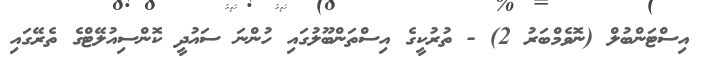
އިސްޓަންބުލް (ނޮވެމްބަރު 2) - ތުރުކީގެ އިސްތަންބޫލުގައި ހުންނަ ސައުދީ ކޮންސިއުލޭޓްގެ ތެރޭގައި